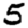
Digit: 5